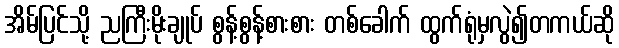
အိမ်ပြင်သို့ ညကြီးမိုးချုပ် စွန့်စွန့်စားစား တစ်ခေါက် ထွက်ရုံမှလွဲ၍တကယ်ဆို